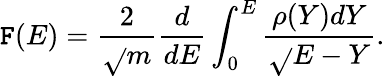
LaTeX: \mathtt{F}(E)=\frac{2}{{\sqrt{}{{m}}}}\frac{d}{{dE}}\int_{0}^{E}\frac{{\rho(Y)dY}}{{\sqrt{}{{E-Y}}}}.